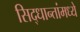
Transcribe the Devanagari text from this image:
सिद्धान्तांमध्ये